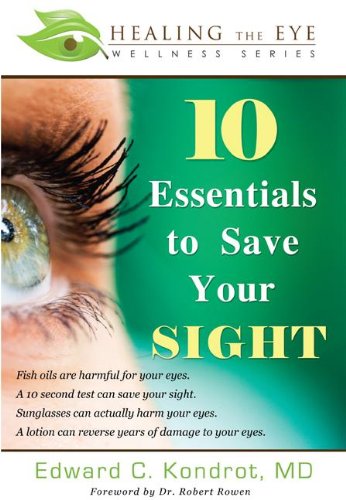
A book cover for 10 Essentials to Save Your SIGHT (Healing the Eye Wellness Series); Edward C Kondrot; Health, Fitness & Dieting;